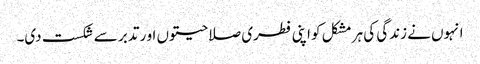
انہوں نے زندگی کی ہر مشکل کو اپنی فطری صلاحیتوں او ر تدبر سے شکست دی۔